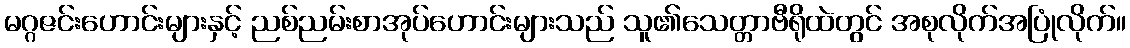
မဂ္ဂဇင်းဟောင်းများနှင့် ညစ်ညမ်းစာအုပ်ဟောင်းများသည် သူ၏သေတ္တာဗီရိုထဲတွင် အစုလိုက်အပြုံလိုက်။